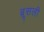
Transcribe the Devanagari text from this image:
ब्रूसली